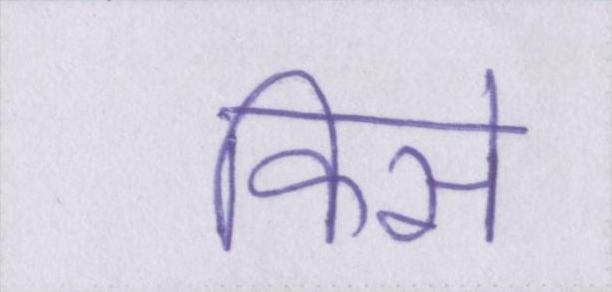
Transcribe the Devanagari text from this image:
किसे